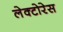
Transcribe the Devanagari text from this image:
लेक्टोरेस